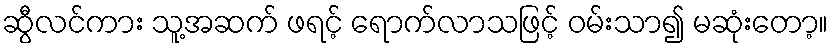
ဆွီလင်ကား သူ့အဆက် ဖရင့် ရောက်လာသဖြင့် ဝမ်းသာ၍ မဆုံးတော့။